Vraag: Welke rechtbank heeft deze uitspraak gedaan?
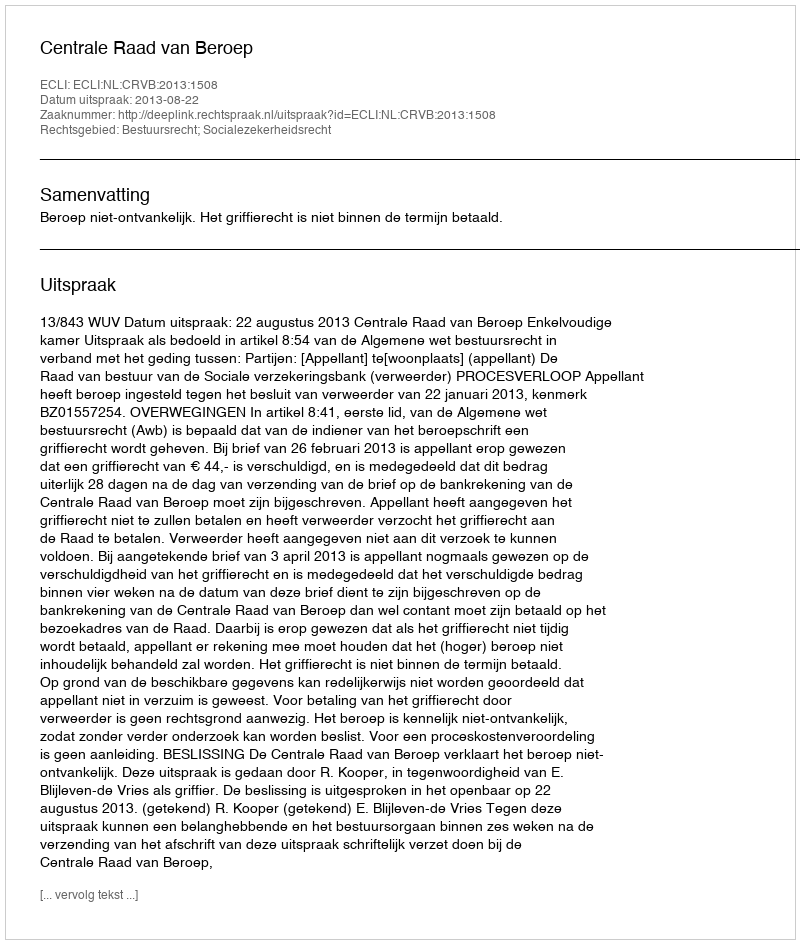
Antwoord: Centrale Raad van Beroep